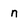
Character: n